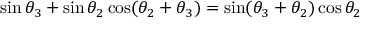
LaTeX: \sin \theta _ { 3 } + \sin \theta _ { 2 } \cos ( \theta _ { 2 } + \theta _ { 3 } ) = \sin ( \theta _ { 3 } + \theta _ { 2 } ) \cos \theta _ { 2 }